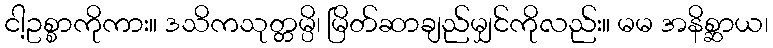
ငါ့ဥစ္စာကိုကား။ ဒသိကသုတ္တမ္ပိ၊ မြိတ်ဆာချည်မျှင်ကိုလည်း။ မမ အနိစ္ဆာယ၊